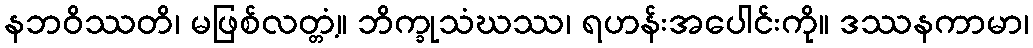
နဘဝိဿတိ၊ မဖြစ်လတ္တံ့။ ဘိက္ခုသံဃဿ၊ ရဟန်းအပေါင်းကို။ ဒဿနကာမာ၊